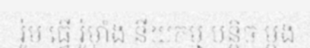
រ៉ូម ធ្វើ រ៉ូម៉ាំង នីយកម្ម បន្តិច ម្តង